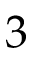
3